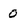
Character: 0